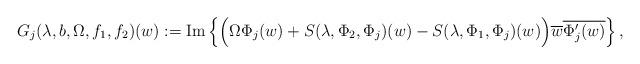
LaTeX: \begin{align*}G_{j}(\lambda,b,\Omega,f_{1},f_{2})(w):=\mbox{Im}\left\lbrace\Big(\Omega\Phi_{j}(w)+S(\lambda,\Phi_{2},\Phi_{j})(w)-S(\lambda,\Phi_{1},\Phi_{j})(w)\Big)\overline{w}\overline{\Phi_{j}'(w)}\right\rbrace,\end{align*}